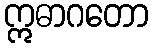
ဣဓာဂတော